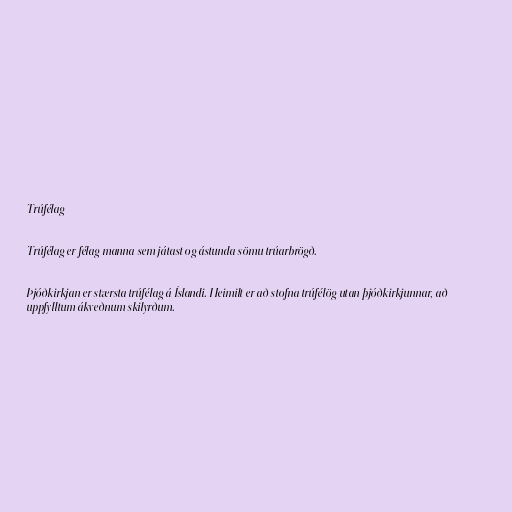
Trúfélag

Trúfélag er félag manna sem játast og ástunda sömu trúarbrögð.

Þjóðkirkjan er stærsta trúfélag á Íslandi. Heimilt er að stofna trúfélög utan þjóðkirkjunnar, að
uppfylltum ákveðnum skilyrðum.